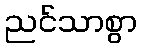
ညင်သာစွာ